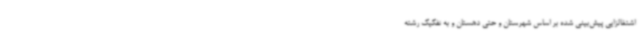
اشتغالزایی پیش‌بینی شده بر اساس شهرستان و حتی دهستان و به تفکیک رشته